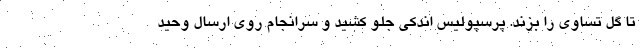
تا گل تساوی را بزند. پرسپولیس اندکی جلو کشید و سرانجام روی ارسال وحید